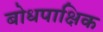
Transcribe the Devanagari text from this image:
बोधपाक्षिक